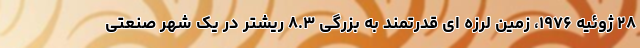
۲۸ ژوئیه ۱۹۷۶، زمین لرزه ای قدرتمند به بزرگی ۸.۳ ریشتر در یک شهر صنعتی